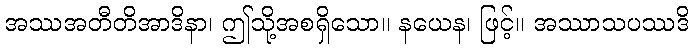
အဿအတီတိအာဒိနာ၊ ဤသို့အစရှိသော။ နယေန၊ ဖြင့်။ အဿာသပဿဒိ